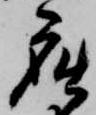
座